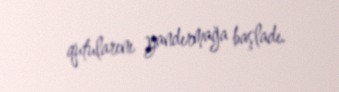
qutularını yandırmağa başladı.